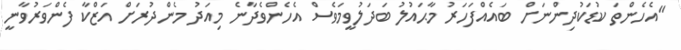
"އެހެންތަ ކުޑަކުދިންނަށް ބައެއްފަހަރު މާޙައުލު ބަދަލުވީމަވެސް އެހެންވެދާނެ މިއަދު މެންދުރަށް އަޒްކާ ފެންވަރުވާނީ